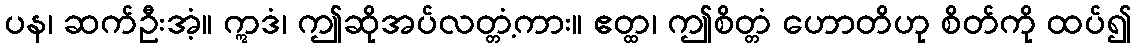
ပန၊ ဆက်ဦးအံ့။ ဣဒံ၊ ဤဆိုအပ်လတ္တံ့ကား။ ဧတ္ထ၊ ဤစိတ္တံ ဟောတိဟု စိတ်ကို ထပ်၍